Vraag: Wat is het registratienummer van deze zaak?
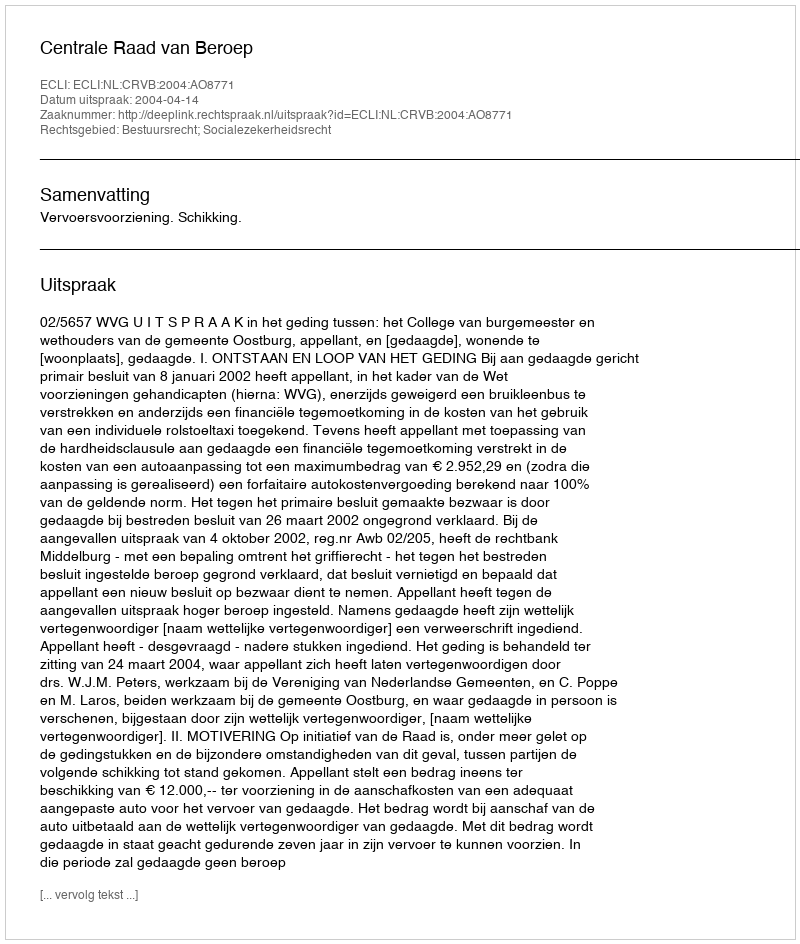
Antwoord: http://deeplink.rechtspraak.nl/uitspraak?id=ECLI:NL:CRVB:2004:AO8771